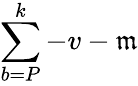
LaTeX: \sum\limits_{b=P}^{k}-v-\mathfrak{m}